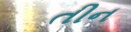
તીન